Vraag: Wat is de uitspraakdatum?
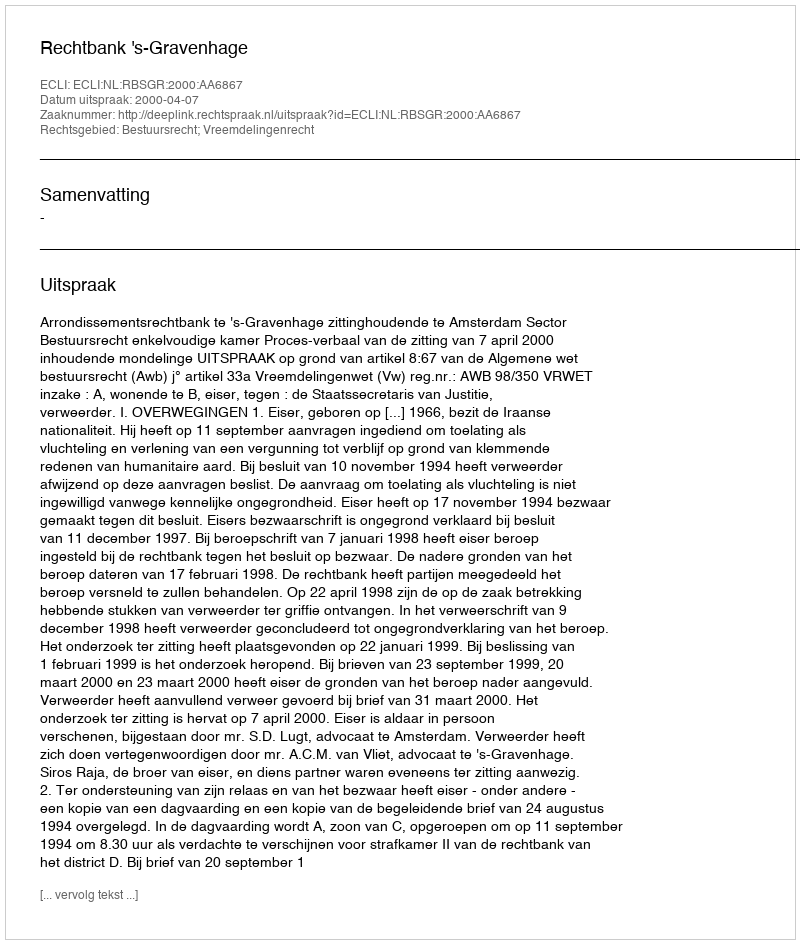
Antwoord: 2000-04-07